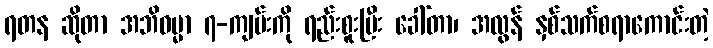
ရတန ဆိုတာ အဘိဓမ္မာ ၇-ကျမ်းကို ရည်းစူးပြီး ခေါ်တာ၊ အလွန် နှစ်သက်စရာကောင်းတဲ့